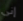
إنى